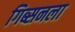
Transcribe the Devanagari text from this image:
गिब्सनला